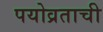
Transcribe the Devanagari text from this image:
पयोव्रताची